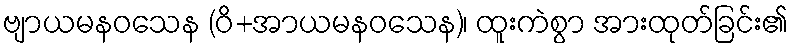
ဗျာယမနဝသေန (ဝိ+အာယမနဝသေန)၊ ထူးကဲစွာ အားထုတ်ခြင်း၏